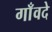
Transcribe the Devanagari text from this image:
गाँवदे